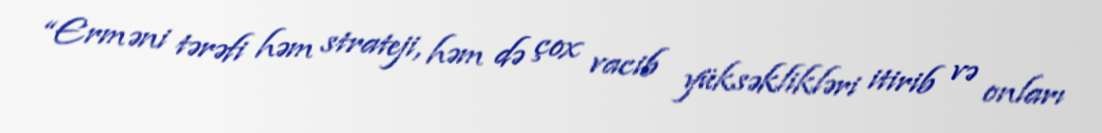
“Erməni tərəfi həm strateji, həm də çox vacib yüksəklikləri itirib və onları